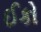
ઈકો